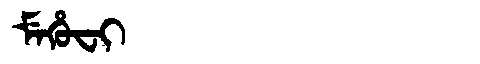
Manchu: ᠮᡝᡥᡠᠸᡳ
Romanization: MEHUFI